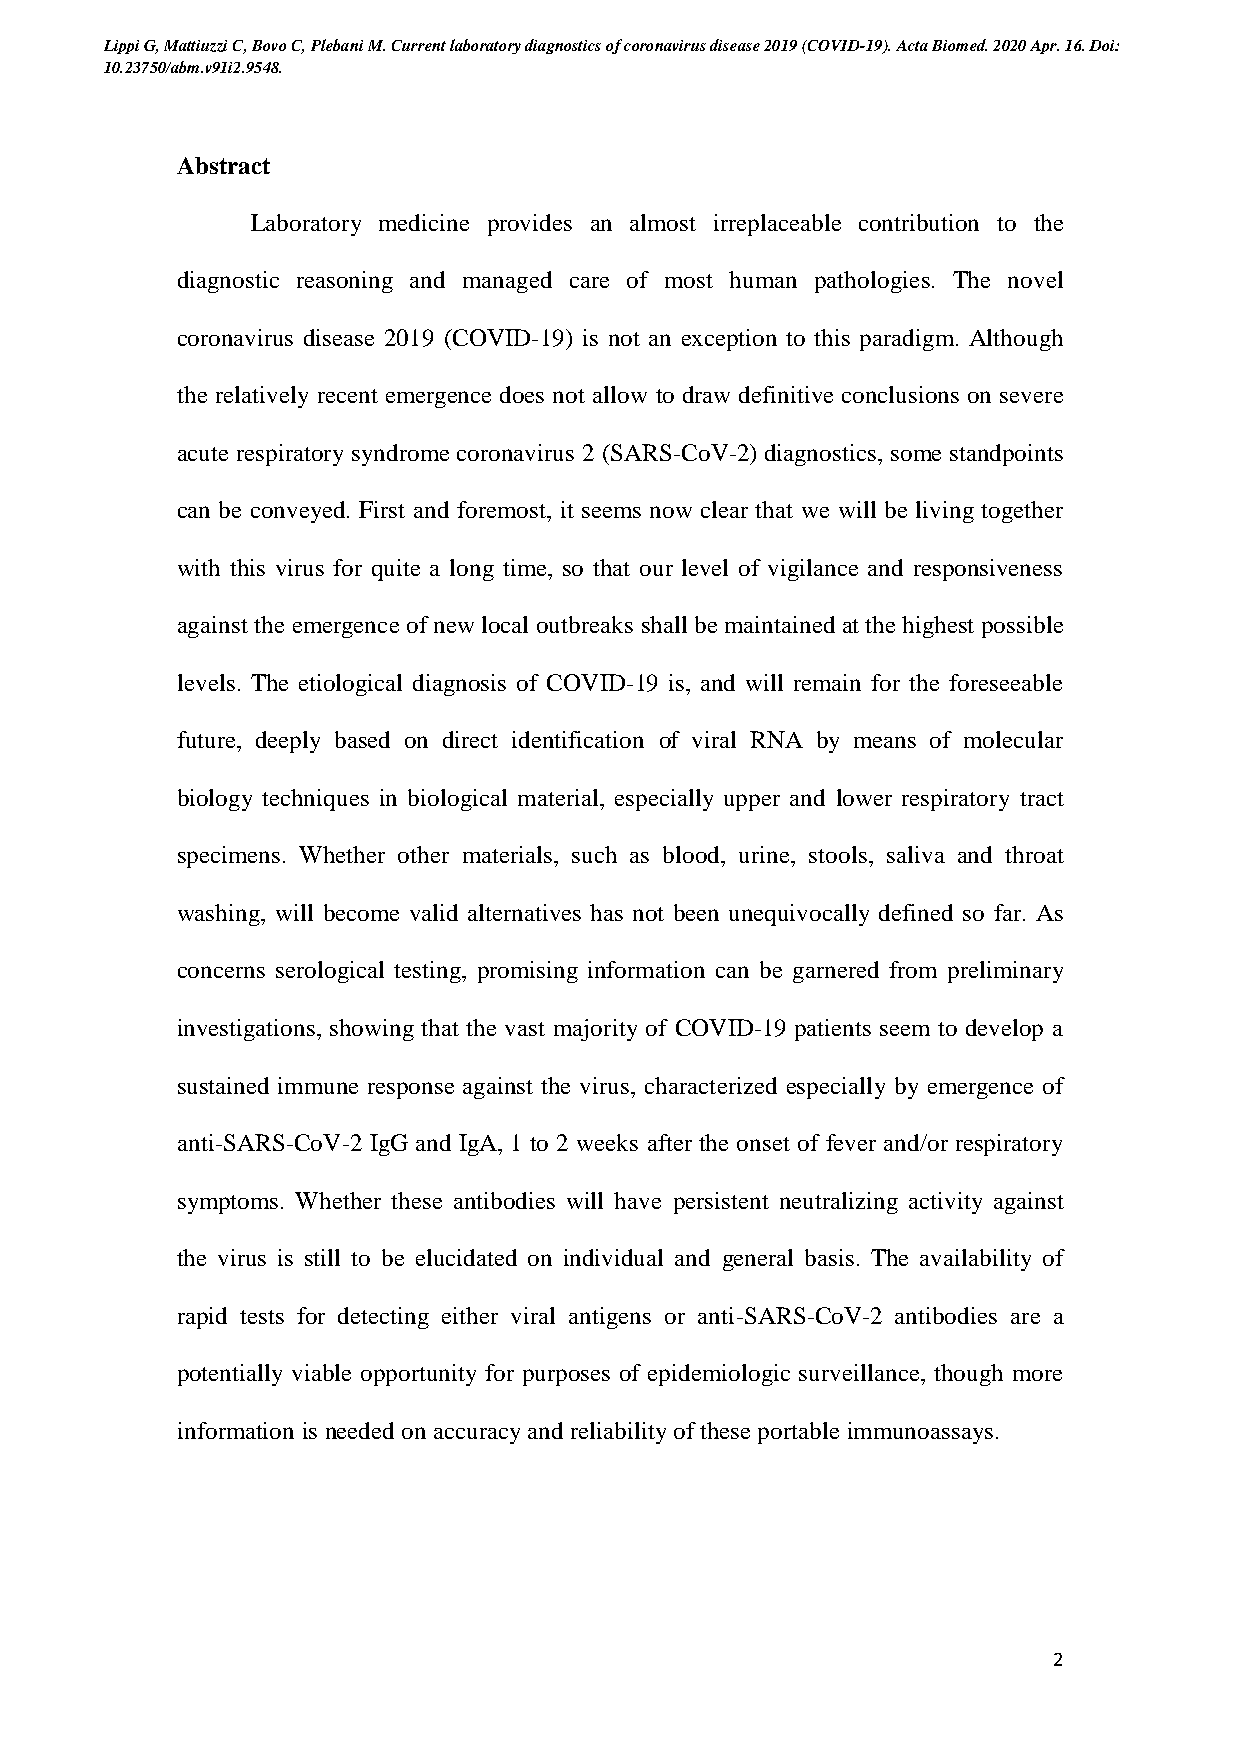
Lippi G, Mattiuzzi C, Bovo C, Plebani M. Current laboratory diagnostics of coronavirus disease 2019 (COVID-19). Acta Biomed. 2020 Apr. 16. Doi:
 10.23750/abm.v91i2.9548.
 Abstract
 Laboratory medicine provides an almost irreplaceable contribution to the
 diagnostic reasoning and managed care of most human pathologies. The novel
 coronavirus disease 2019 (COVID-19) is not an exception to this paradigm. Although
 the relatively recent emergence does not allow to draw definitive conclusions on severe
 acute respiratory syndrome coronavirus 2 (SARS-CoV-2) diagnostics, some standpoints
 can be conveyed. First and foremost, it seems now clear that we will be living together
 with this virus for quite a long time, so that our level of vigilance and responsiveness
 against the emergence of new local outbreaks shall be maintained at the highest possible
 levels. The etiological diagnosis of COVID-19 is, and will remain for the foreseeable
 future, deeply based on direct identification of viral RNA by means of molecular
 biology techniques in biological material, especially upper and lower respiratory tract
 specimens. Whether other materials, such as blood, urine, stools, saliva and throat
 washing, will become valid alternatives has not been unequivocally defined so far. As
 concerns serological testing, promising information can be garnered from preliminary
 investigations, showing that the vast majority of COVID-19 patients seem to develop a
 sustained immune response against the virus, characterized especially by emergence of
 anti-SARS-CoV-2 IgG and IgA, 1 to 2 weeks after the onset of fever and/or respiratory
 symptoms. Whether these antibodies will have persistent neutralizing activity against
 the virus is still to be elucidated on individual and general basis. The availability of
 rapid tests for detecting either viral antigens or anti-SARS-CoV-2 antibodies are a
 potentially viable opportunity for purposes of epidemiologic surveillance, though more
 information is needed on accuracy and reliability of these portable immunoassays.
 2